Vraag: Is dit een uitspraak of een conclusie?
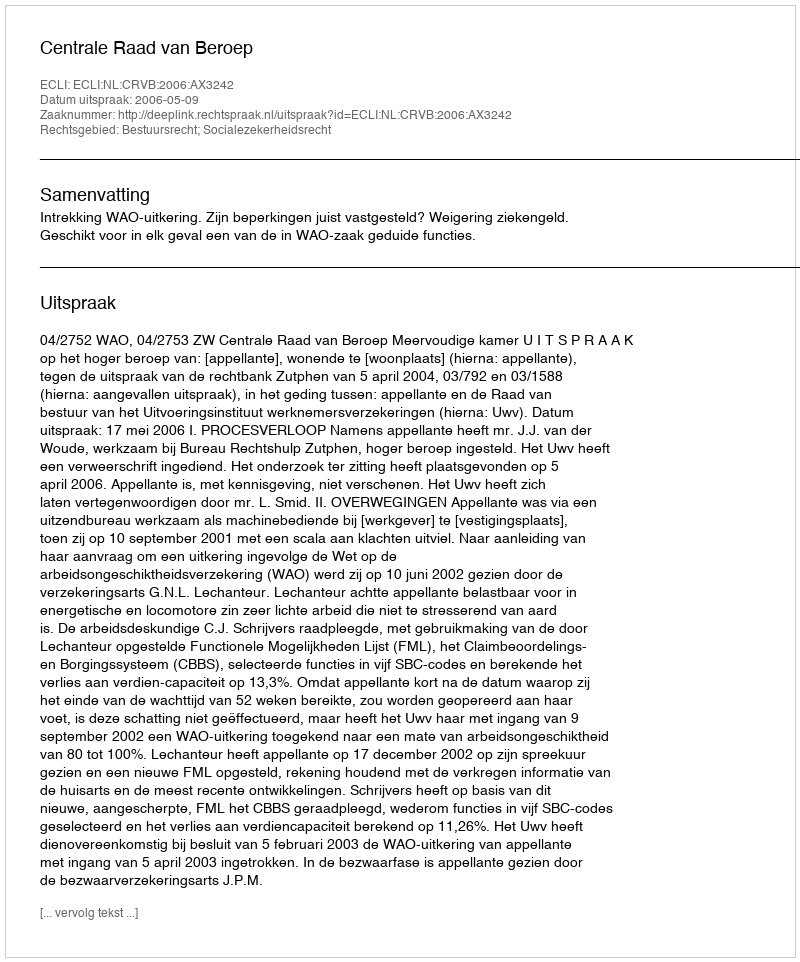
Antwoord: Uitspraak